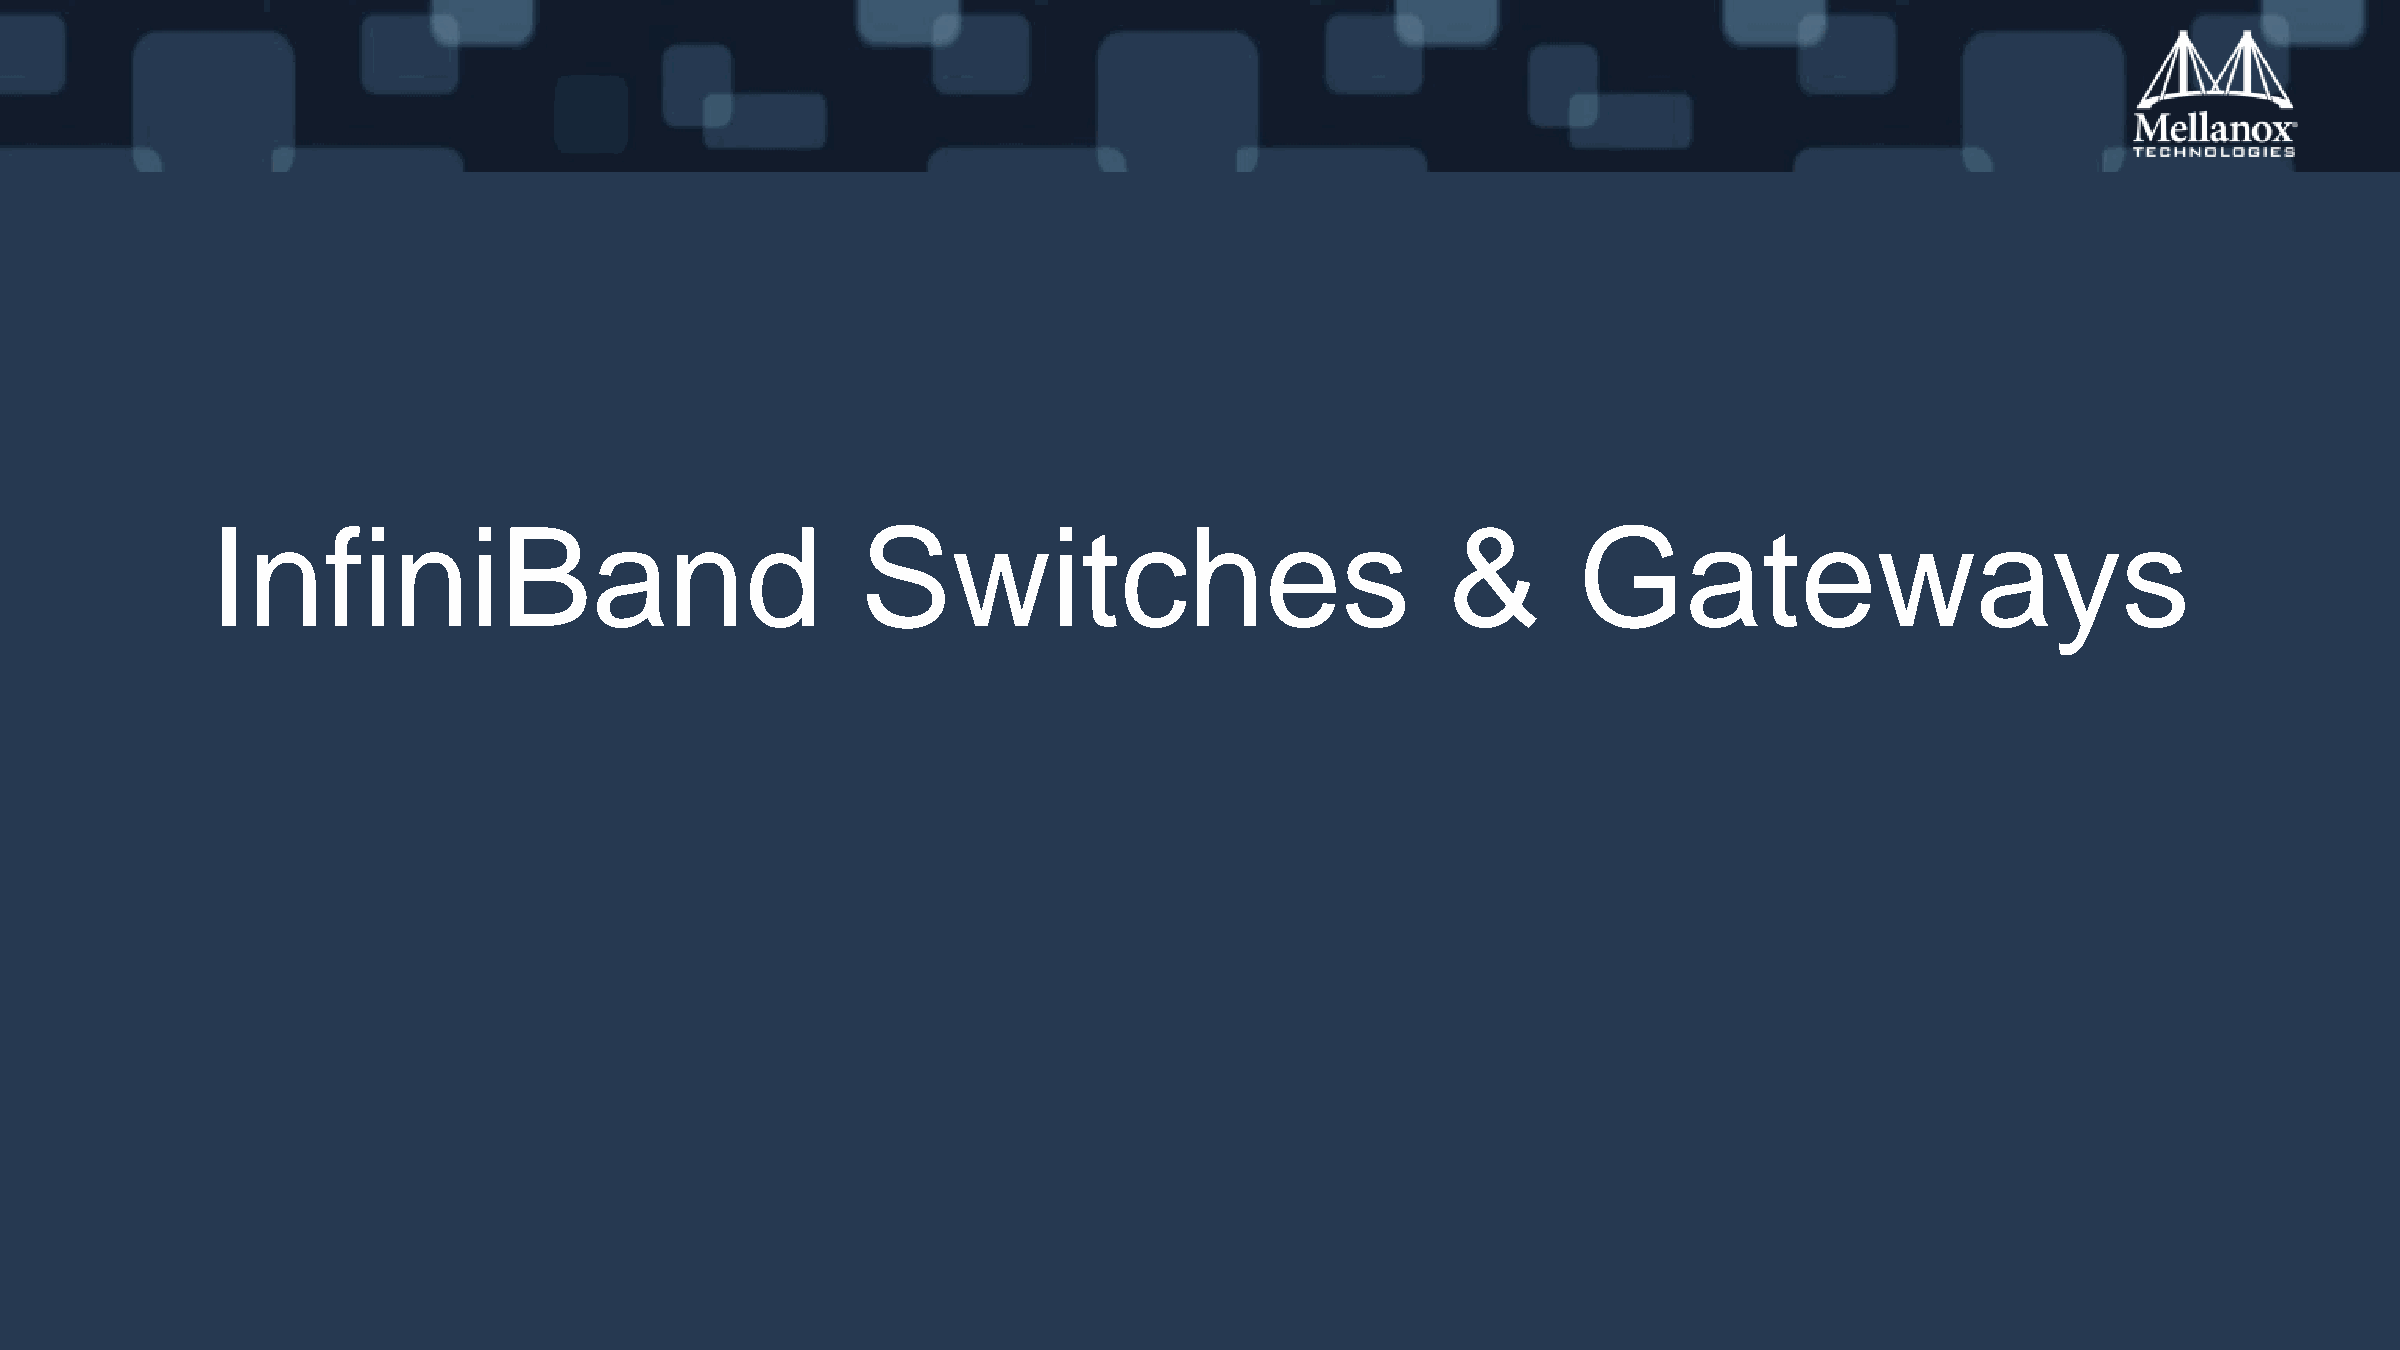
InfiniBand                                 Switches                               &       Gateways
 Mellanox Training Center                                            Training Material                                                            59